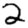
Digit: 2